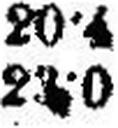
23·0